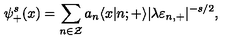
\psi _ { + } ^ { s } ( x ) = \sum _ { n \in \cal Z } a _ { n } \langle x | n ; { + } \rangle | \lambda \varepsilon _ { n , + } | ^ { - s / 2 } ,